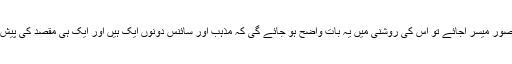
اگر خدا اور اخلاقی اقدار کا صحیح تصور میسر آجائے تو اس کی روشنی میں یہ بات واضح ہو جائے گی کہ مذہب اور سائنس دونوں ایک ہیں اور ایک ہی مقصد کی پیش برد کے لیے اپنا وجود رکھتے ہیں۔